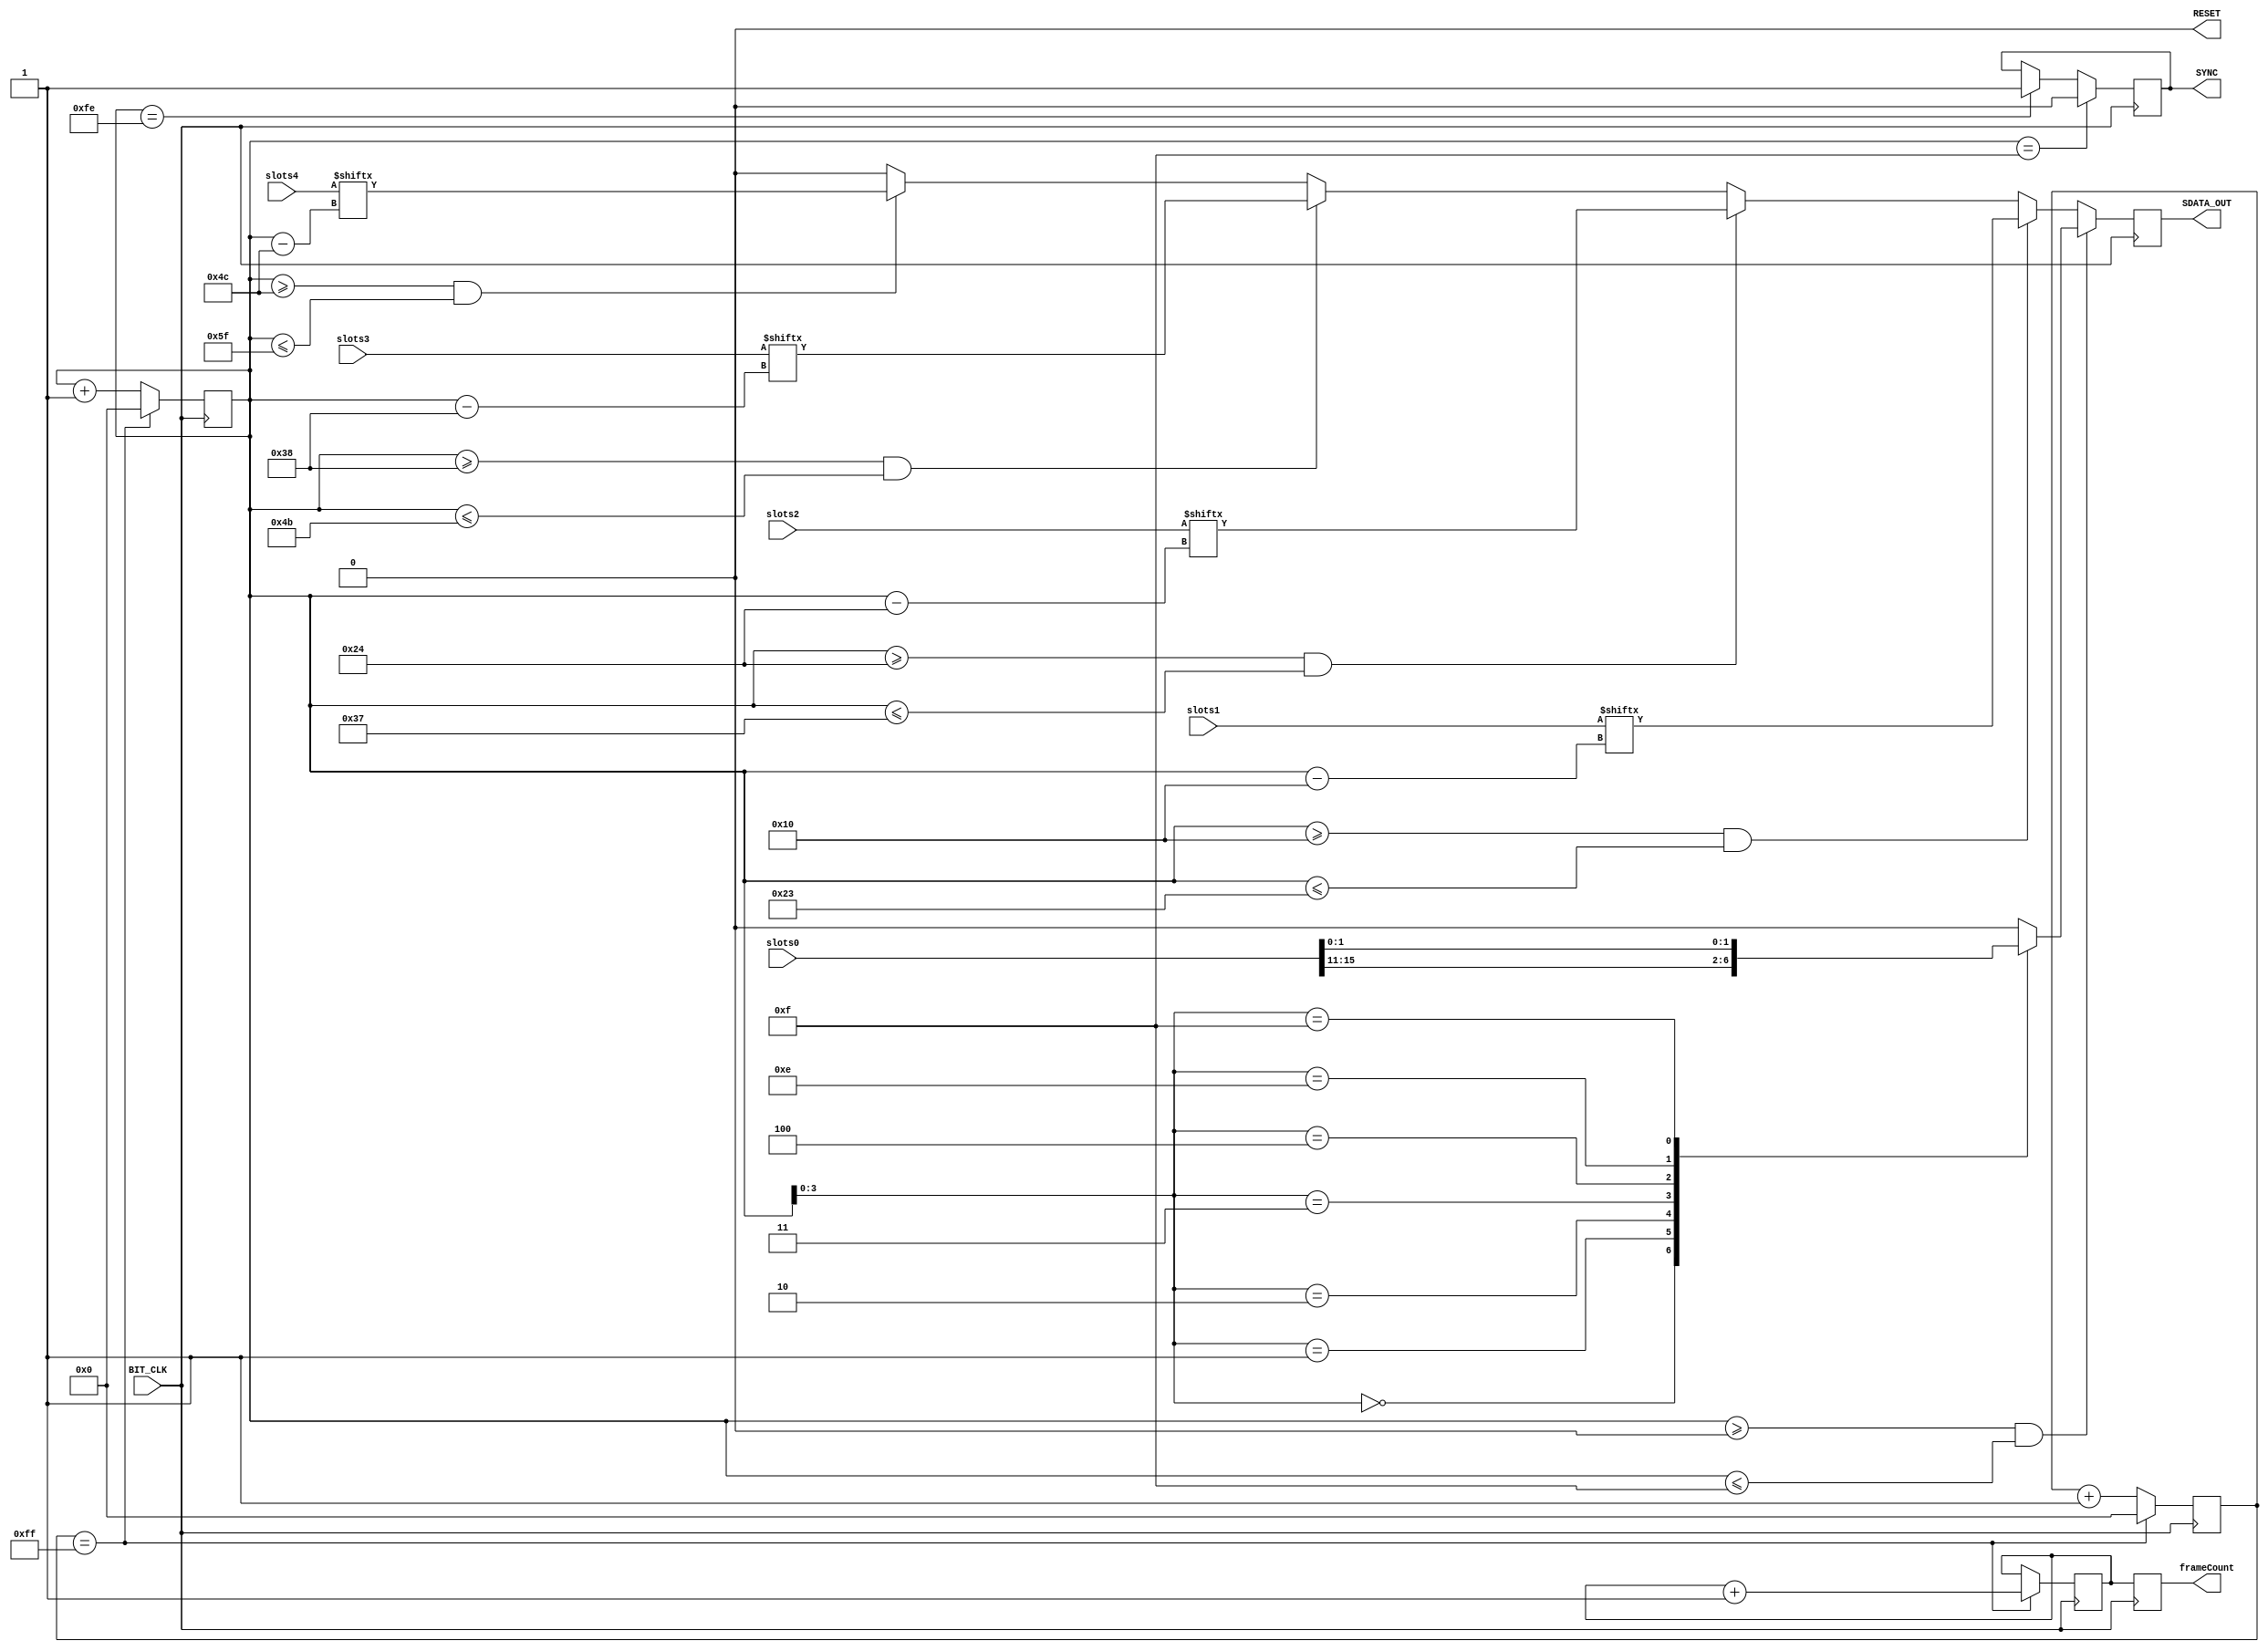
`timescale 1ns / 1ps
//////////////////////////////////////////////////////////////////////////////////
// Company: 
// 
// Design Name: 
// Module Name:    AC97_Control
// Project Name: 
// Target Devices: 
// Tool versions: 
// Description: 
//
// Dependencies: 
//
// Revision: 
// Revision 0.01 - File Created
// Additional Comments: 
//
//////////////////////////////////////////////////////////////////////////////////
module AC97_Control (  
	output reg SYNC, 
	output reg SDATA_OUT, 
	output reg RESET,
	output reg [3:0] frameCount,
	
	//input SYSTEM_RESET,
	input [19:0] slots0,
	input [19:0] slots1,
	input [19:0] slots2,
	input [19:0] slots3,
	input [19:0] slots4,
	input BIT_CLK
); 
   reg [7:0] bit_count;
   reg [3:0] frame_count;
   reg [7:0] reset_count;

   initial begin
		bit_count = 8'd0;
      reset_count = 8'd0;
      RESET = 1'b0;
		frameCount = 4'd0;
   end
   
   always @(posedge BIT_CLK) begin
		if (reset_count == 255) begin
       RESET <= 1'b0;
		 bit_count <= 8'd0;
		 reset_count <= 8'd0;
		 frame_count <= frame_count + 1'b1;
		 frameCount <= frame_count;
		end
     else begin
		 RESET <= 1'b0;
       reset_count <= reset_count + 1'b1;
		 bit_count <= bit_count + 1'b1;
		 frameCount <= frame_count;
	  end
	
      // Generate the sync signal
      if (bit_count == 254)
			SYNC <= 1'b1;
      if (bit_count == 15)
			SYNC <= 1'b0;

      if ((bit_count >= 0) && (bit_count <= 15))
			// Slot 0: Tags
			case (bit_count[3:0])
			  4'd0: SDATA_OUT <= slots0[15]; // Frame valid
			  4'd1: SDATA_OUT <= slots0[14]; // Command address valid
			  4'd2: SDATA_OUT <= slots0[13]; // Command data valid
			  4'd3: SDATA_OUT <= slots0[12]; // Command data valid
			  4'd4: SDATA_OUT <= slots0[11]; // Command data valid
			  4'd14: SDATA_OUT <= slots0[1];	// Codec ID Bit 1
			  4'd15: SDATA_OUT <= slots0[0];	// Codec ID Bit 0
			  default: SDATA_OUT <= 1'b0;
			endcase 
		else if ((bit_count >= 16) && (bit_count <= 35))
		// Slot 1: Command address
				SDATA_OUT <= slots1[bit_count-16];
		else if ((bit_count >= 36) && (bit_count <= 55))
		// Slot 2: Command data
			SDATA_OUT <= slots2[bit_count-36];
		// Slot 3: PCM L
		else if ((bit_count >= 56) && (bit_count <= 75))
			SDATA_OUT <= slots3[bit_count-56];
		// Slot 4: PCM R
		else if ((bit_count >= 76) && (bit_count <= 95))
			SDATA_OUT <= slots4[bit_count-76];
		else 
			SDATA_OUT<= 1'b0;
	end
endmodule

      /*if (bit_count == 255)
	frame_count <= frame_count+1;
      bit_count <= bit_count+1;      
   end*/

  /* always @(frame_count)
     case (frame_count)
       4'h0: command = 24'h02_0000; // Unmute line outputs
       4'h1: command = 24'h04_0000; // Unmute headphones
       4'h2: command = 24'h10_0808; // Unmute line inputs
       default: command = 24'hFC_0000; // Read vendor ID
     endcase*/